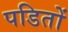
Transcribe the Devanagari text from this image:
पडितों